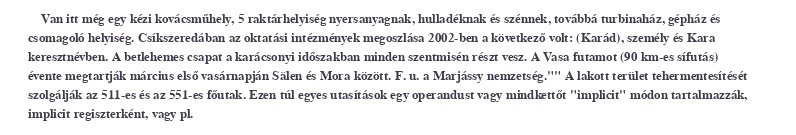
Van itt még egy kézi kovácsműhely, 5 raktárhelyiség nyersanyagnak, hulladéknak és szénnek, továbbá turbinaház, gépház és csomagoló helyiség. Csíkszeredában az oktatási intézmények megoszlása 2002-ben a következő volt: (Karád), személy és Kara keresztnévben. A betlehemes csapat a karácsonyi időszakban minden szentmisén részt vesz. A Vasa futamot (90 km-es sífutás) évente megtartják március első vasárnapján Sälen és Mora között. F. u. a Marjássy nemzetség."" A lakott terület tehermentesítését szolgálják az 511-es és az 551-es főutak. Ezen túl egyes utasítások egy operandust vagy mindkettőt "implicit" módon tartalmazzák, implicit regiszterként, vagy pl.